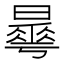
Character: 𣋓